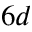
6 d